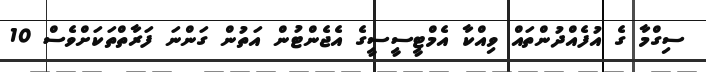
ސިގްމާ ގެ އުފެއްދުންތައް ވިއްކާ އެމްޓީސީސީގެ އެޖެންޓުން އަތުން ގަންނަ ފަރާތްތަކަށްވެސް 10